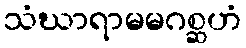
သံဃာရာမမဂစ္ဆဟံ